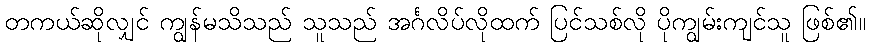
တကယ်ဆိုလျှင် ကျွန်မသိသည် သူသည် အင်္ဂလိပ်လိုထက် ပြင်သစ်လို ပိုကျွမ်းကျင်သူ ဖြစ်၏။